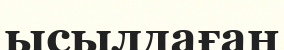
ысылдаған